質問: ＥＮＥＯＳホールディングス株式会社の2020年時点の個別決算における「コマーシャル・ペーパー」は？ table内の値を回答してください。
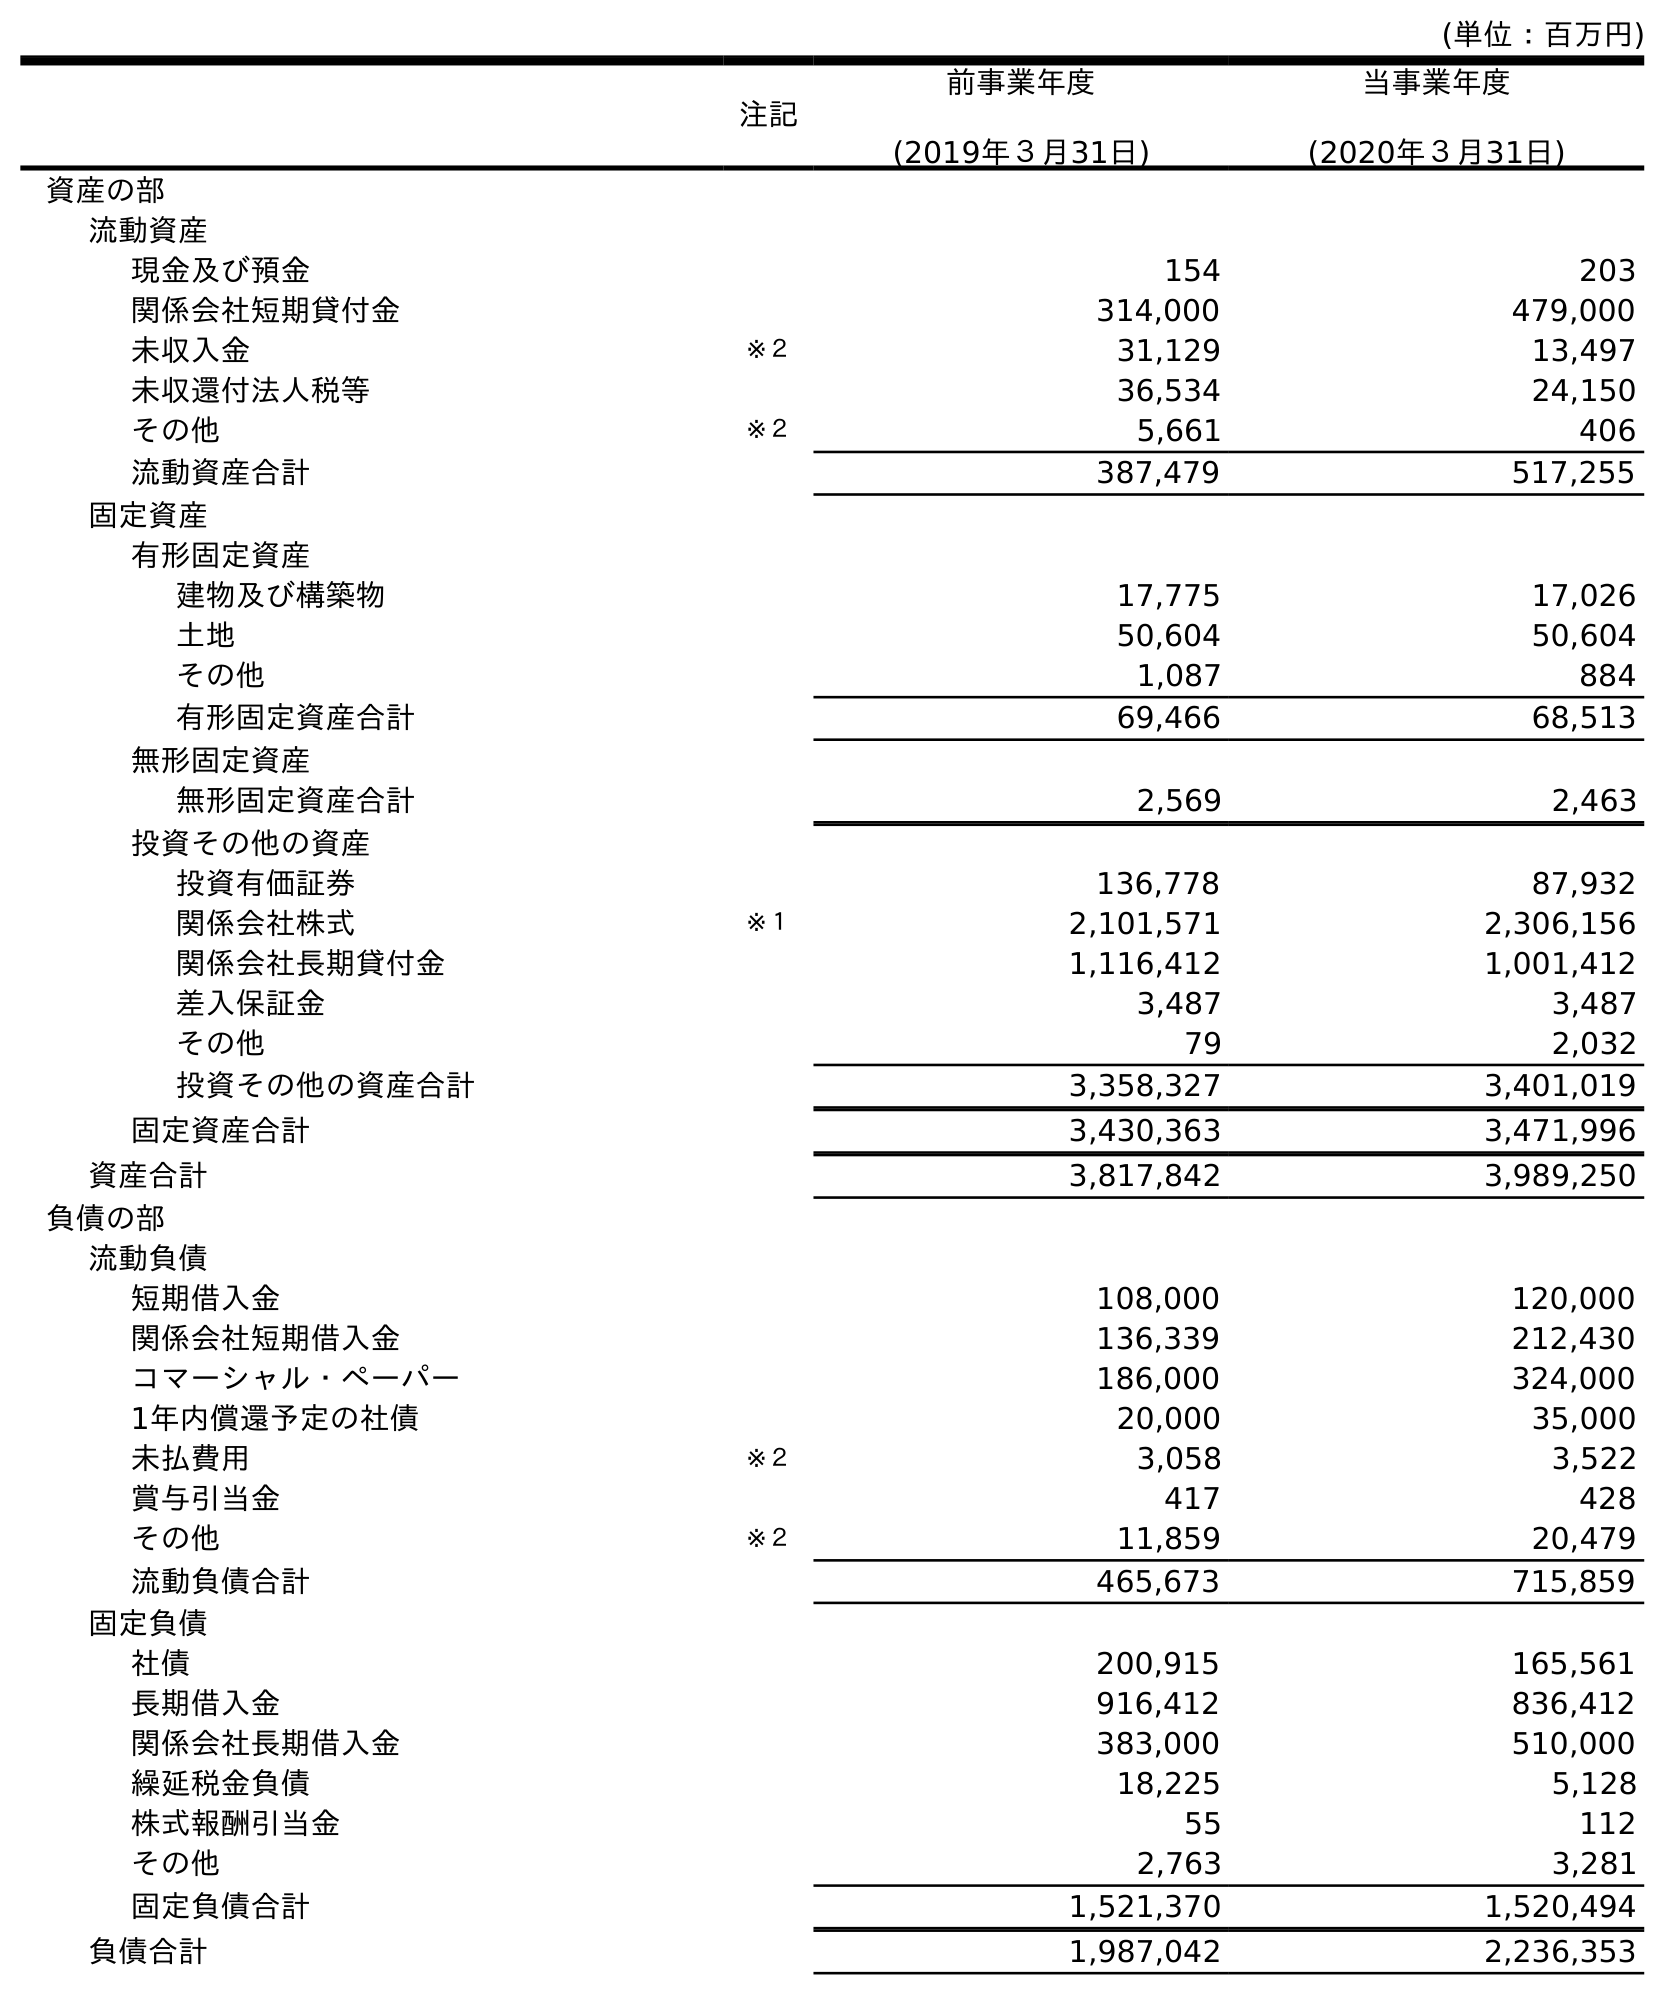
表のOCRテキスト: (単位：百万円) 注記 前事業年度 (2019年３月31日) 当事業年度 (2020年３月31日) 資産の部 流動資産 現金及び預金 154 203 関係会社短期貸付金 314,000 479,000 未収入金 ※２ 31,129 13,497 未収還付法人税等 36,534 24,150 その他 ※２ 5,661 406 流動資産合計 387,479 517,255 固定資産 有形固定資産 建物及び構築物 17,775 17,026 土地 50,604 50,604 その他 1,087 884 有形固定資産合計 69,466 68,513 無形固定資産 無形固定資産合計 2,569 2,463 投資その他の資産 投資有価証券 136,778 87,932 関係会社株式 ※１ 2,101,571 2,306,156 関係会社長期貸付金 1,116,412 1,001,412 差入保証金 3,487 3,487 その他 79 2,032 投資その他の資産合計 3,358,327 3,401,019 固定資産合計 3,430,363 3,471,996 資産合計 3,817,842 3,989,250 負債の部 流動負債 短期借入金 108,000 120,000 関係会社短期借入金 136,339 212,430 コマーシャル・ペーパー 186,000 324,000 1年内償還予定の社債 20,000 35,000 未払費用 ※２ 3,058 3,522 賞与引当金 417 428 その他 ※２ 11,859 20,479 流動負債合計 465,673 715,859 固定負債 社債 200,915 165,561 長期借入金 916,412 836,412 関係会社長期借入金 383,000 510,000 繰延税金負債 18,225 5,128 株式報酬引当金 55 112 その他 2,763 3,281 固定負債合計 1,521,370 1,520,494 負債合計 1,987,042 2,236,353
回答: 324,000